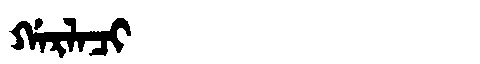
Manchu: ᡤᠠᡵᠯᠠᠴᡳ
Romanization: GARLACI